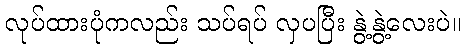
လုပ်ထားပုံကလည်း သပ်ရပ် လှပပြီး နွဲ့နွဲ့လေးပဲ။